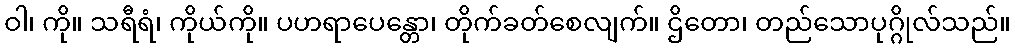
ဝါ၊ ကို။ သရီရံ၊ ကိုယ်ကို။ ပဟရာပေန္တော၊ တိုက်ခတ်စေလျက်။ ဌိတော၊ တည်သောပုဂ္ဂိုလ်သည်။